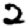
Digit: 2